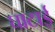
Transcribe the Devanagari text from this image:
घाटाई